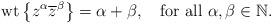
LaTeX: \begin{align*} \mbox{wt}\left\{z^{\alpha}\overline{z}^{\beta}\right\}=\alpha+\beta,\quad\mbox{for all $\alpha,\beta\in\mathbb{N}$.}\end{align*}